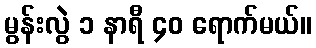
မွန်းလွဲ ၁ နာရီ ၄၀ ရောက်မယ်။